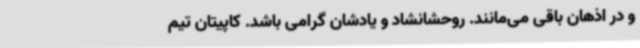
و در اذهان باقی می‌مانند. روحشانشاد و یادشان گرامی باشد. کاپیتان تیم